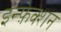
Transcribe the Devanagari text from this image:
इन्फ़ेक्शन